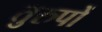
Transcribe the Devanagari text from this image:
तुरुपों